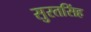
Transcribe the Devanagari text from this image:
सुरतसिंह